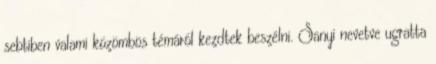
sebtiben valami közömbös témáról kezdtek beszélni. Sanyi nevetve ugratta